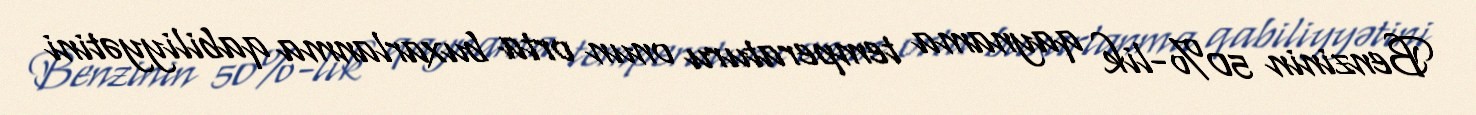
Benzinin 50%-lik qaynama temperaturu onun orta buxarlanma qabiliyyətini